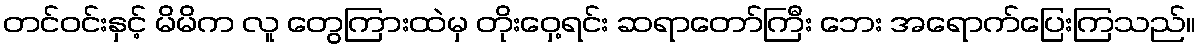
တင်ဝင်းနှင့် မိမိက လူ တွေကြားထဲမှ တိုးဝှေ့ရင်း ဆရာတော်ကြီး ဘေး အရောက်ပြေးကြသည်။